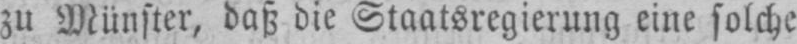
zu Münster, daß die Staatsregierung eine solche